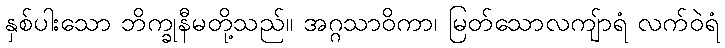
နှစ်ပါးသော ဘိက္ခုနီမတို့သည်။ အဂ္ဂသာဝိကာ၊ မြတ်သောလကျ်ာရံ လက်ဝဲရံ